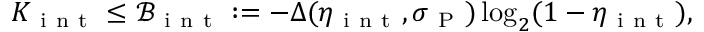
K _ { \mathrm { ~ i ~ n ~ t ~ } } \leq \mathcal { B } _ { \mathrm { ~ i ~ n ~ t ~ } } : = - \Delta ( \eta _ { \mathrm { ~ i ~ n ~ t ~ } } , \sigma _ { \mathrm { ~ P ~ } } ) \log _ { 2 } ( 1 - \eta _ { \mathrm { ~ i ~ n ~ t ~ } } ) ,